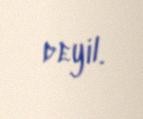
deyil.